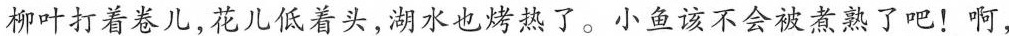
柳叶打着卷儿，花儿低着头，湖水也烤热了。小鱼该不会被煮熟了吧！啊，